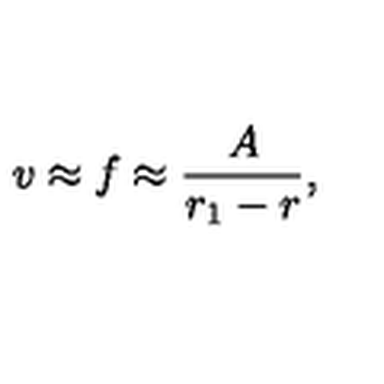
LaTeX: v \approx f \approx \frac { A } { r _ { 1 } - r } ,